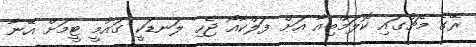
ރޭގެ މެޗުގައި ކޮލަމްބިއާ އަށް ފަލްކާއޯ ޖެހި ލަނޑަކީ ގައުމީ ޓީމަށް އޭނާ